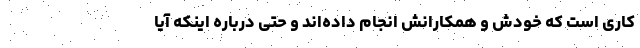
کاری است که خودش و همکارانش انجام داده‌اند و حتی درباره اینکه آیا